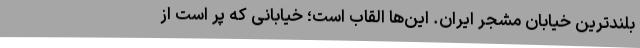
بلندترین خیابان مشجر ایران. این‌ها القاب است؛ خیابانی که پر است از